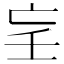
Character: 𡔞